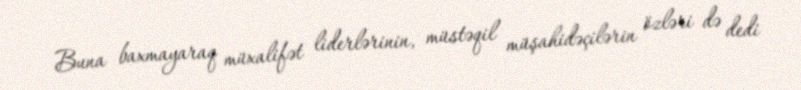
Buna baxmayaraq müxalifət liderlərinin, müstəqil müşahidəçilərin özləri də dedi